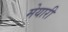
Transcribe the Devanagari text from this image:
मेयारी